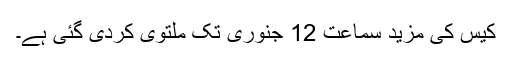
کیس کی مزید سماعت 12 جنوری تک ملتوی کردی گئی ہے۔